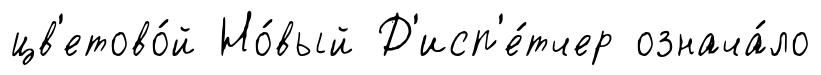
цв'етово́й Но́вый Д'исп'е́тчер означа́ло